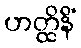
ဟတ္ထိနိံ